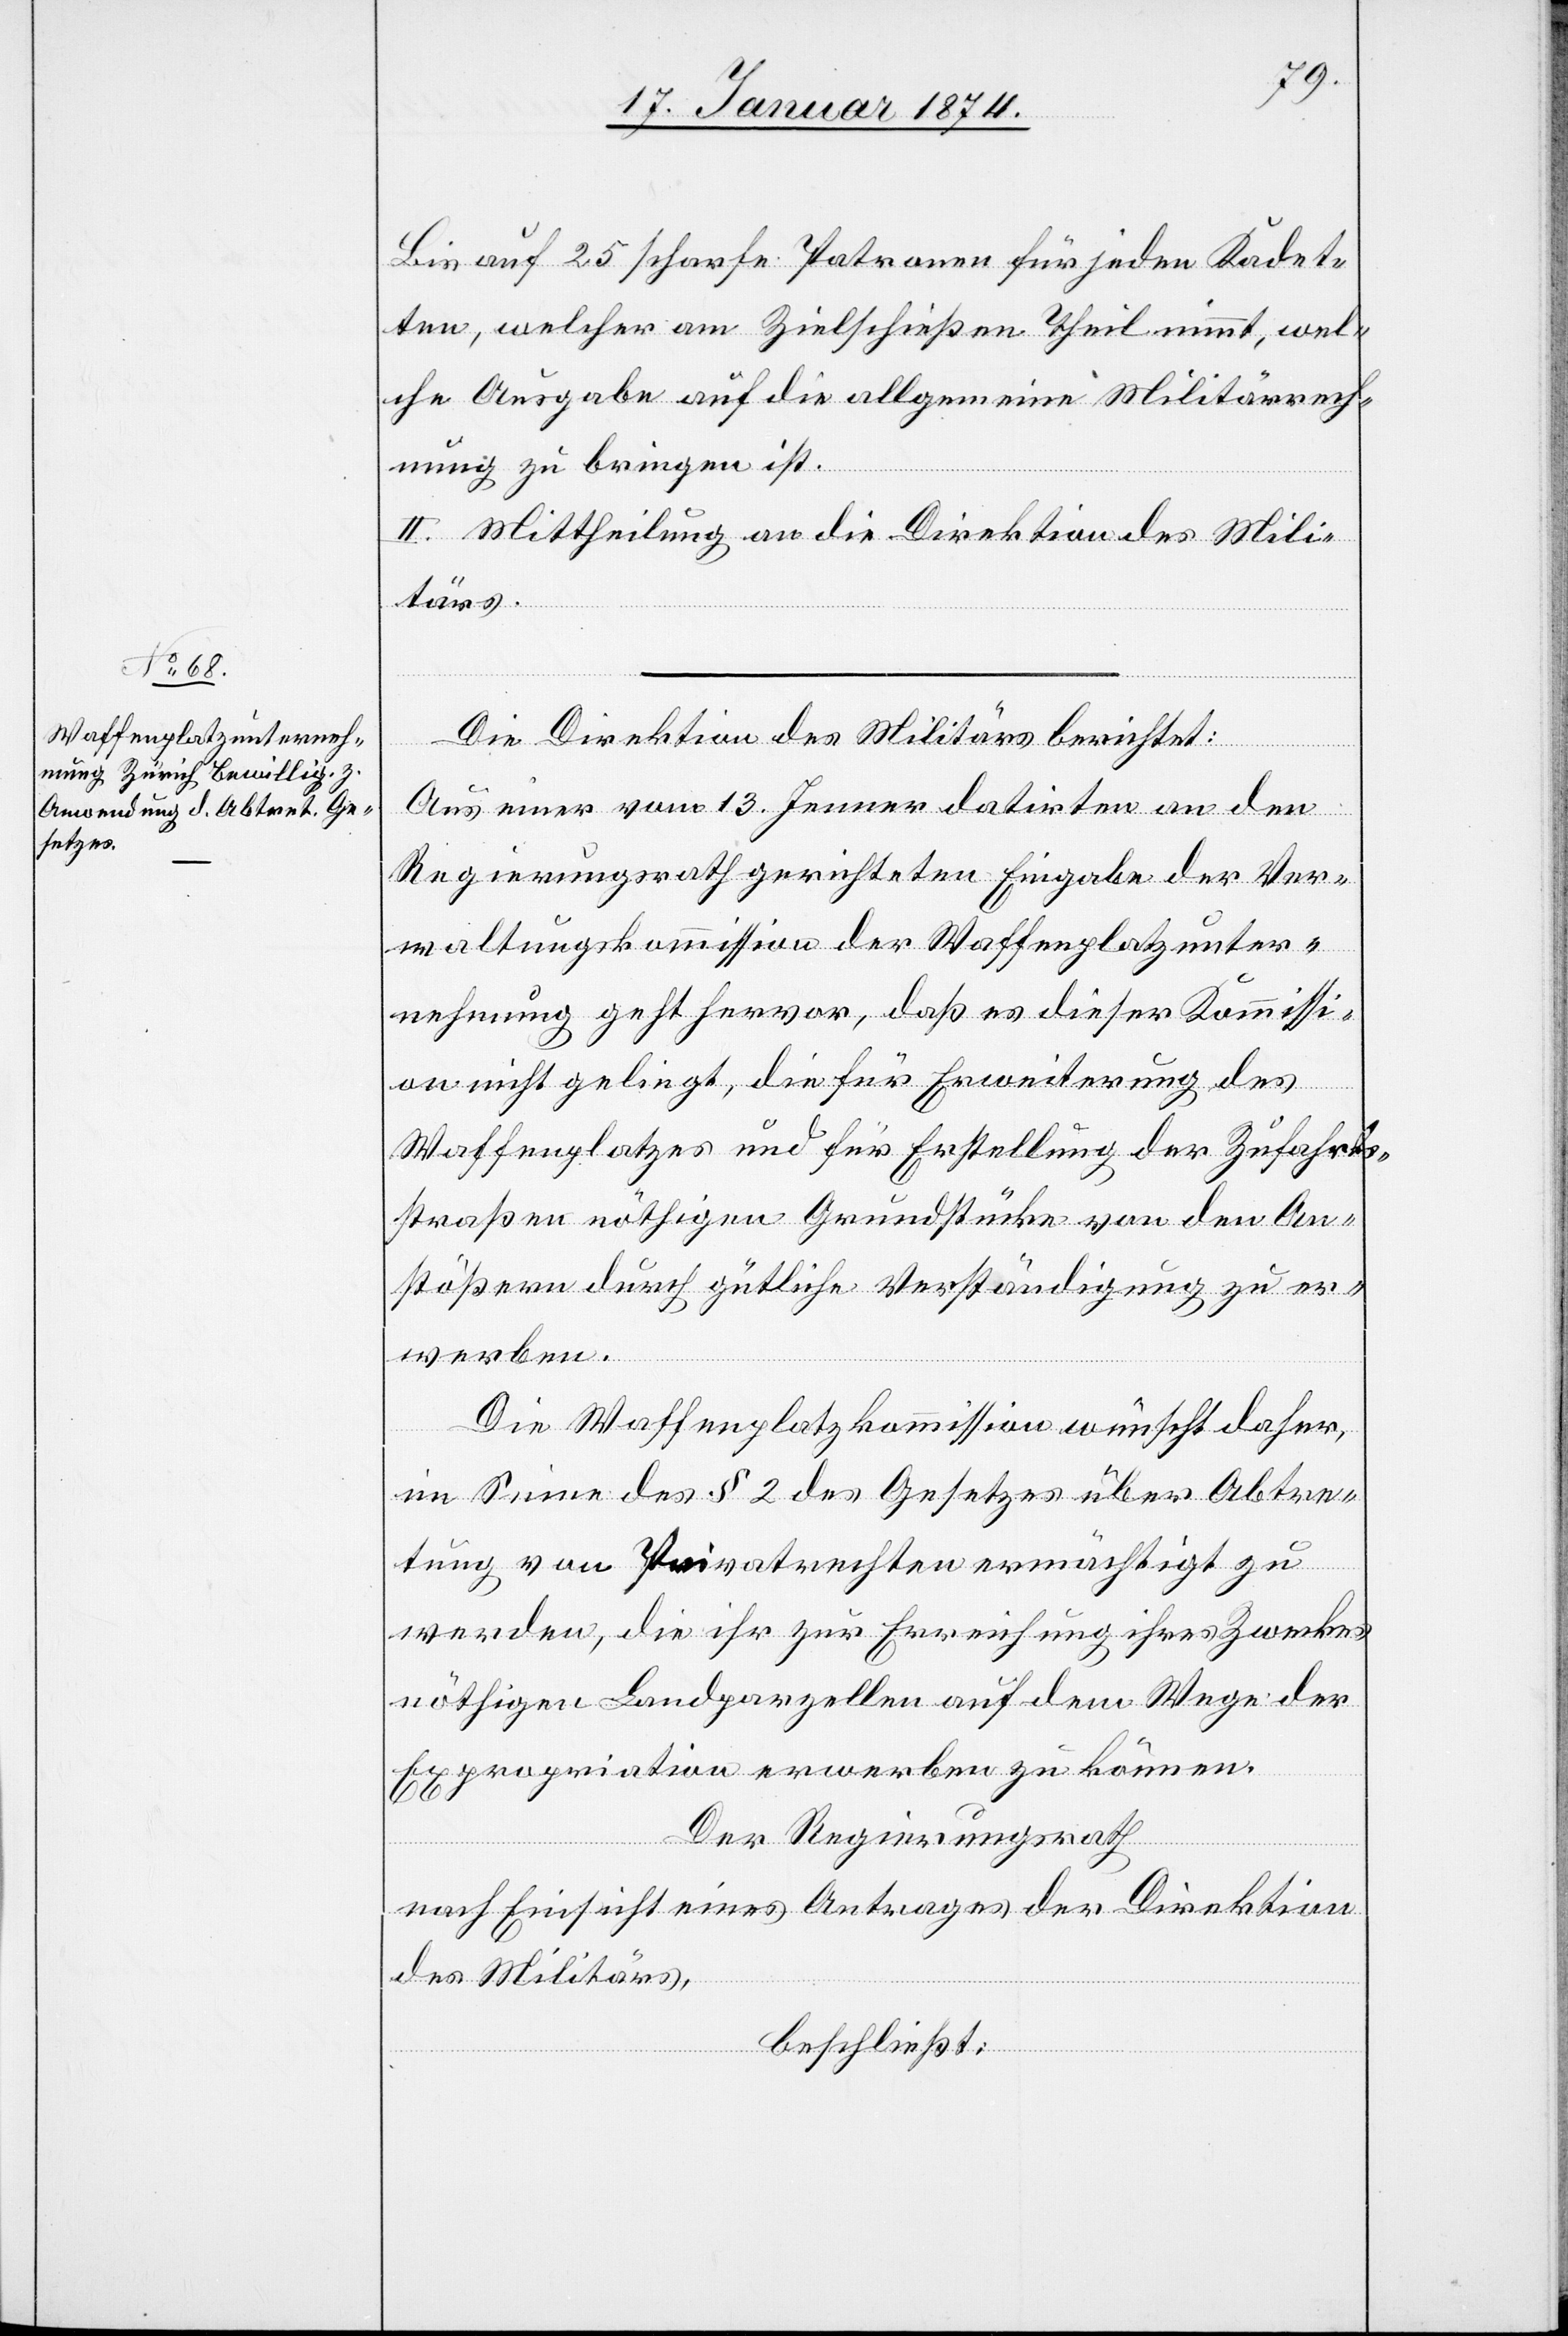
Bis auf 25 scharfe Patronen für jeden Kadet¬
ten, welcher am Zielschießen Theil nimmt, wel¬
che Ausgabe auf die allgemeine Militärrech¬
nung zu bringen ist.
II. Mittheilung an die Direktion des Mili¬
tärs.
Die Direktion des Militärs berichtet:
Aus einer vom 13. Jenner datirten an den
Regierungsrath gerichteten Eingabe der Ver¬
waltungskommission der Waffenplatzunter¬
nehmung geht hervor, daß es dieser Kommissi¬
on nicht gelingt, die für Erweiterung des
Waffenplatzes und für Erstellung der Zufahrts¬
straßen nöthigen Grundstücke von den An¬
säßern durch gütliche Verständigung zu er¬
werben.
Die Waffenplatzkommission wünscht daher,
im Sinne des § 2 des Gesetzes über Abtre¬
tung von Privatrechten ermächtigt zu
werden, die ihr zur Erreichung ihres Zweckes
nöthigen Landparzellen auf dem Wege der
Expropriation erwerben zu können.
Der Regierungsrath
nach Einsicht eines Antrages der Direktion
des Militärs,
beschließt: